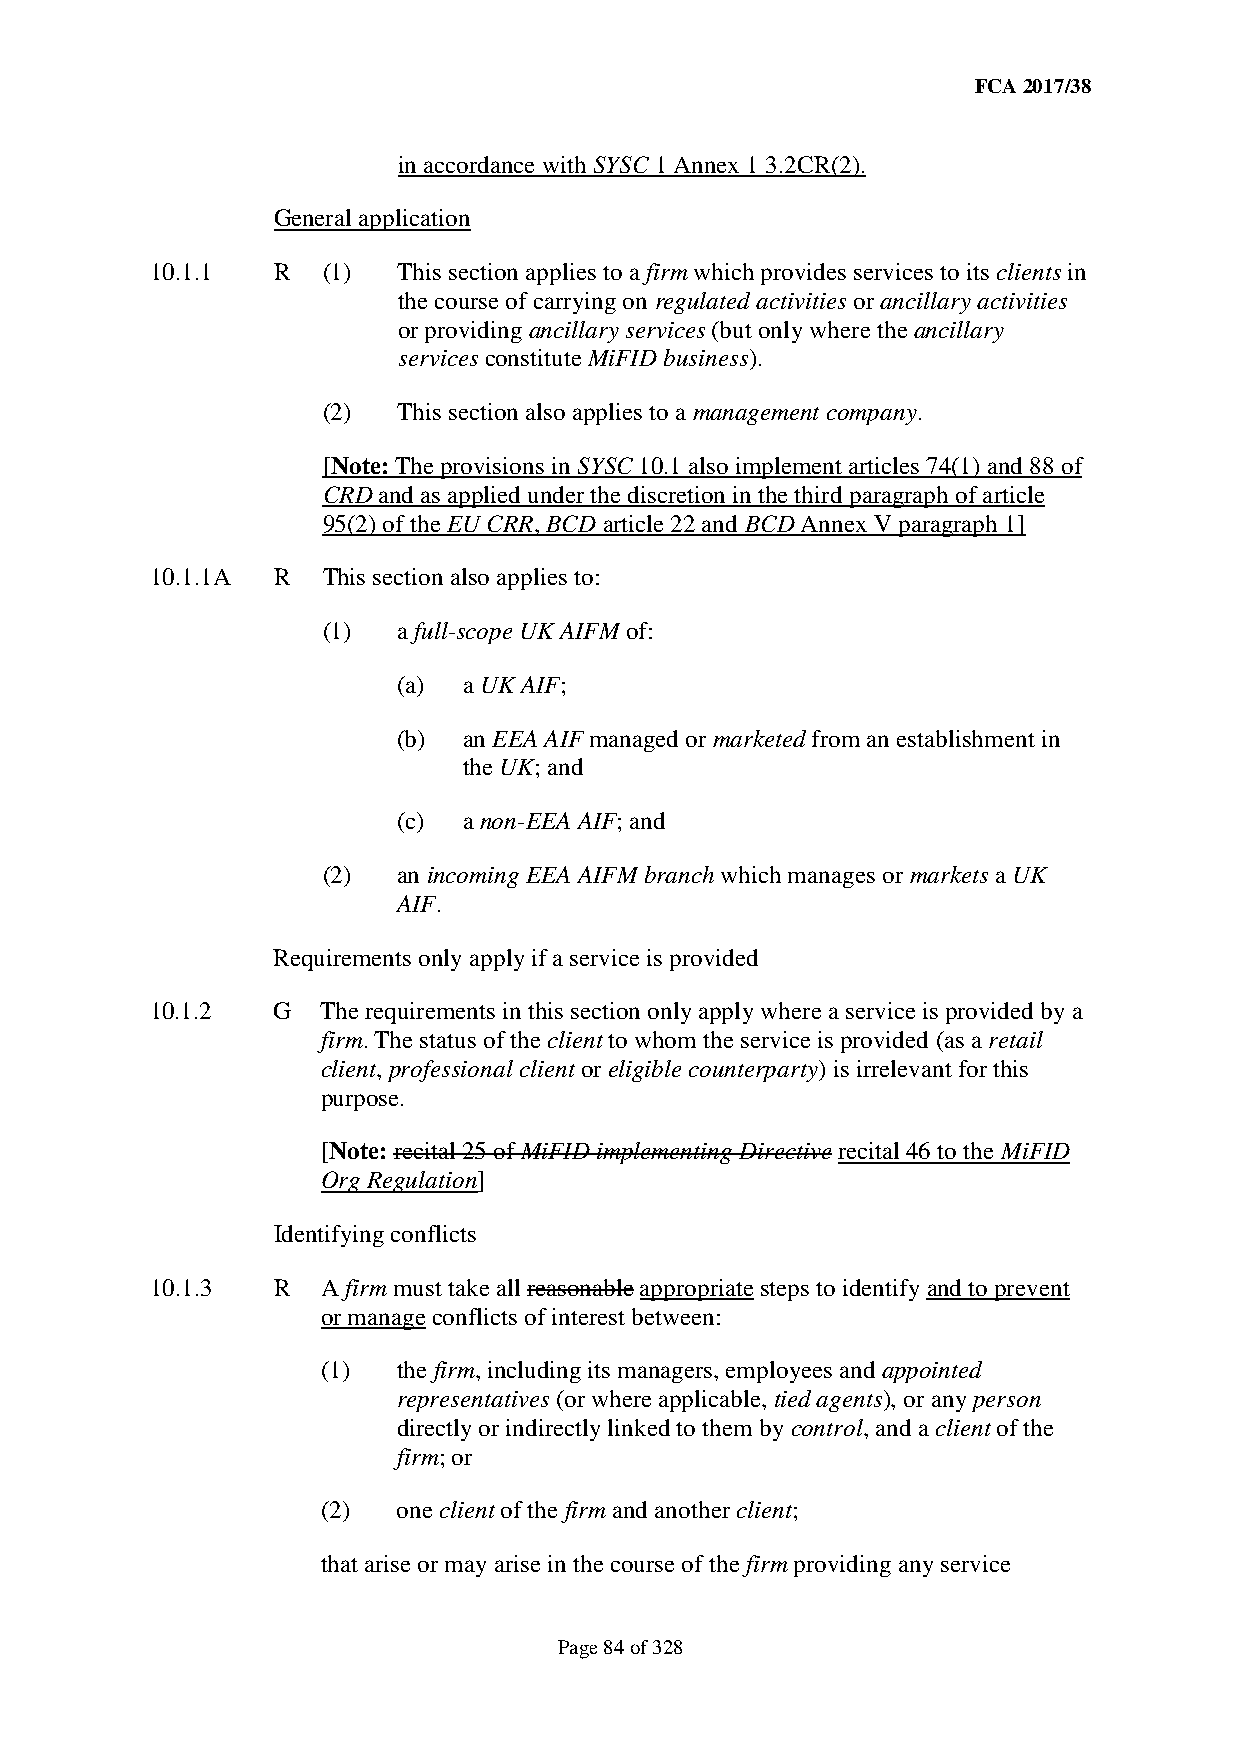
FCA 2017/38
 in accordance with SYSC 1 Annex 1 3.2CR(2).
 General application
 10.1.1  R  (1)  This section applies to a firm which provides services to its clients in
 the course of carrying on regulated activities or ancillary activities
 or providing ancillary services (but only where the ancillary
 services constitute MiFID business).
 (2)  This section also applies to a management company.
 [Note: The provisions in SYSC 10.1 also implement articles 74(1) and 88 of
 CRD and as applied under the discretion in the third paragraph of article
 95(2) of the EU CRR, BCD article 22 and BCD Annex V paragraph 1]
 10.1.1A R  This section also applies to:
 (1)  a full-scope UK AIFM of:
 (a)  a UK AIF;
 (b)  an EEA AIF managed or marketed from an establishment in
 the UK; and
 (c)  a non-EEA AIF; and
 (2)  an incoming EEA AIFM branch which manages or markets a UK
 AIF.
 Requirements only apply if a service is provided
 10.1.2  G  The requirements in this section only apply where a service is provided by a
 firm. The status of the client to whom the service is provided (as a retail
 client, professional client or eligible counterparty) is irrelevant for this
 purpose.
 [Note: recital 25 of MiFID implementing Directive recital 46 to the MiFID
 Org Regulation]
 Identifying conflicts
 10.1.3  R  A firm must take all reasonable appropriate steps to identify and to prevent
 or manage conflicts of interest between:
 (1)  the firm, including its managers, employees and appointed
 representatives (or where applicable, tied agents), or any person
 directly or indirectly linked to them by control, and a client of the
 firm; or
 (2)  one client of the firm and another client;
 that arise or may arise in the course of the firm providing any service
 Page 84 of 328